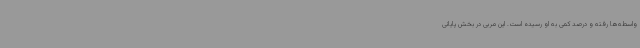
واسطه‌ها رفته و درصد کمی به او رسیده است. این مربی در بخش پایانی